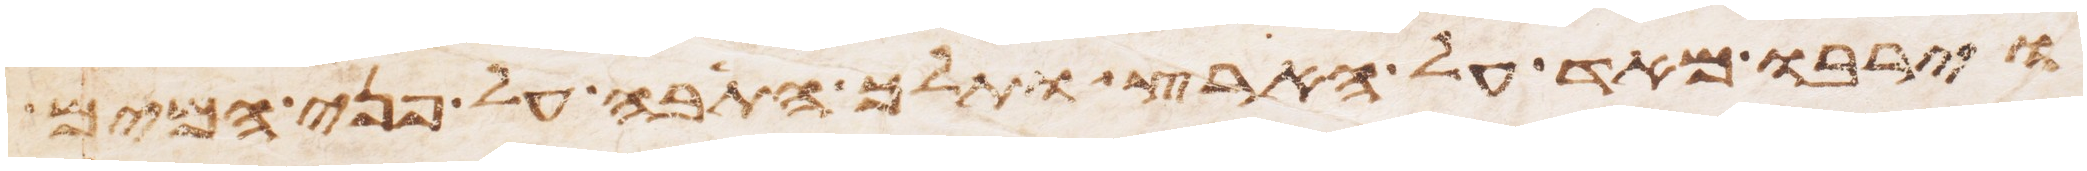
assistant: וירבו מאד על הארץ ותלך התבה על פני המים